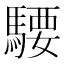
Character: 騕